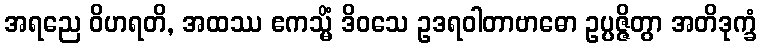
အရညေ ဝိဟရတိ, အထဿ ဧကသ္မိံ ဒိဝသေ ဥဒရဝါတာဗာဓော ဥပ္ပဇ္ဇိတွာ အတိဒုက္ခံ